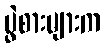
ပွဲစားများက